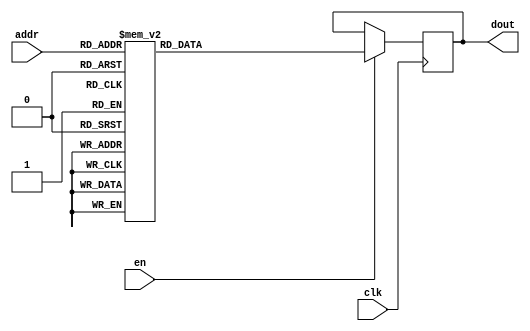
`timescale 1ns / 1ps
/*
Copyright
All right reserved.
Module Name: rom_syn
Author  : Zichuan Liu, Yixing Li and Wenye Liu.
Description:
A synthesized ROM: ROM_DEP x ROM_WID
*/
module DC_9_REF_ROM_8(
// inputs
clk,
en,
addr,
// outputs
dout
);
localparam ROM_WID = 11;
localparam ROM_DEP = 32;
localparam ROM_ADDR = 5;
// input definition
input clk;
input en;
input [ROM_ADDR-1:0] addr;
// output definition
output [ROM_WID-1:0] dout;
reg [ROM_WID-1:0] data;
always @(posedge clk)
begin
if (en) begin
case(addr)
		5'd0: data <= 11'b01000100000;
		5'd1: data <= 11'b01000111111;
		5'd2: data <= 11'b01001001101;
		5'd3: data <= 11'b10000000000;
		5'd4: data <= 11'b01000110010;
		5'd5: data <= 11'b00111111101;
		5'd6: data <= 11'b00111010001;
		5'd7: data <= 11'b01000100110;
		5'd8: data <= 11'b01000011101;
		5'd9: data <= 11'b01000011001;
		5'd10: data <= 11'b00111010011;
		5'd11: data <= 11'b00111000111;
		5'd12: data <= 11'b00001101000;
		5'd13: data <= 11'b01000101110;
		5'd14: data <= 11'b01000101001;
		5'd15: data <= 11'b01000111111;
		5'd16: data <= 11'b10111100101;
		5'd17: data <= 11'b00111111001;
		5'd18: data <= 11'b00111011000;
		5'd19: data <= 11'b00111001001;
		5'd20: data <= 11'b00111000101;
		5'd21: data <= 11'b00001001110;
		5'd22: data <= 11'b00111101011;
		5'd23: data <= 11'b01000101110;
		5'd24: data <= 11'b01000000100;
		5'd25: data <= 11'b00111011101;
		5'd26: data <= 11'b00111101000;
		5'd27: data <= 11'b01000001110;
		5'd28: data <= 11'b00111011000;
		5'd29: data <= 11'b01000011000;
		5'd30: data <= 11'b01000010110;
		5'd31: data <= 11'b00111101100;
		endcase
		end
	end
	assign dout = data;
endmodule